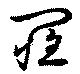
罹